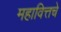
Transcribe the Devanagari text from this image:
महावित्तचे